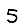
Digit: 5